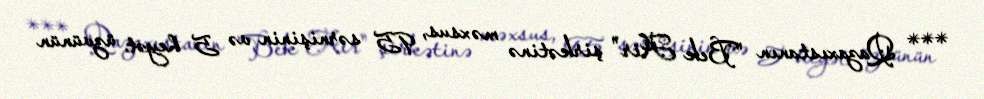
*** Qazaxıstanın "Bek Air" şirkətinə məxsus, 95 sərnişinin və 5 heyət üzvünün